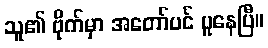
သူ၏ ဗိုက်မှာ အတော်ပင် ပူနေပြီ။